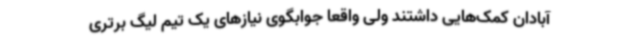
آبادان کمک‌هایی داشتند ولی واقعا جوابگوی نیازهای یک تیم لیگ برتری